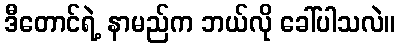
ဒီတောင်ရဲ့ နာမည်က ဘယ်လို ခေါ်ပါသလဲ။